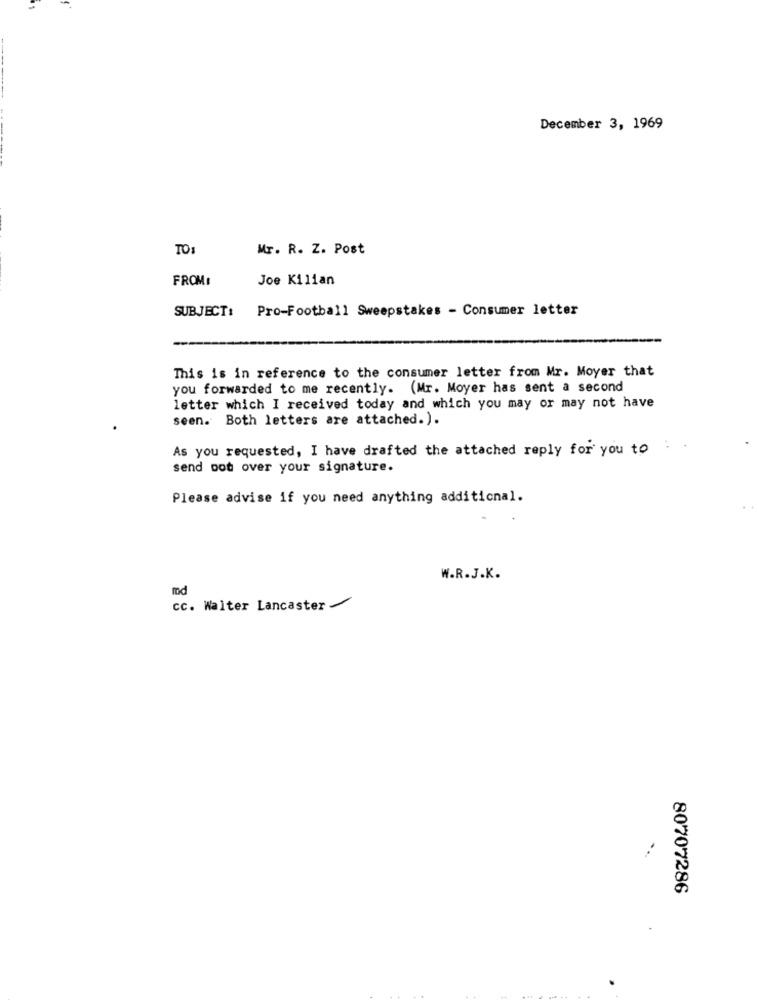
December 3, 1969
TO
Mr. R. Z. Post
FROM :
Joe Kilian
SUBJECT:
Pro-Football Sweepstakes - Consumer letter
This is in reference to the consumer letter from Mr. Moyer that
you forwarded to me recently. (Mr. Moyer has sent a second
letter which I received today and which you may or may not have
seen. Both letters are attached.).
As you requested, I have drafted the attached reply for you to :
send pot over your signature.
Please advise if you need anything additional.
W.R.J.K.
md
cc. Walter Lancaster
80707286